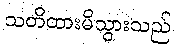
သတိထားမိသွားသည်